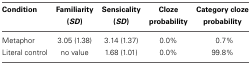
<table><thead><tr><td><b>Condition</b></td><td><b>Familiarity (<i>SD</i>)</b></td><td><b>Sensicality (<i>SD</i>)</b></td><td><b>Cloze probability</b></td><td><b>Category cloze probability</b></td></tr></thead><tbody><tr><td>Metaphor</td><td>3.05 (1.38)</td><td>3.14 (1.37)</td><td>0.0%</td><td>0.7%</td></tr><tr><td>Literal control</td><td>no value</td><td>1.68 (1.01)</td><td>0.0%</td><td>99.8%</td></tr></tbody></table>